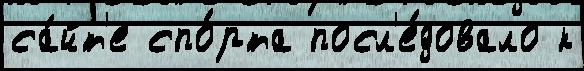
са́йт'е спо́рта посл'е́довало к